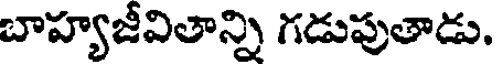
బాహ్యజీవితాన్ని గడుపుతాడు.